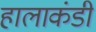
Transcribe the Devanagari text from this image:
हालाकंडी